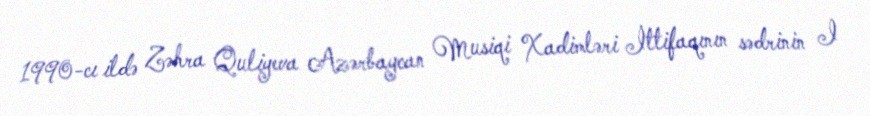
1990-cı ildə Zəhra Quliyeva Azərbaycan Musiqi Xadimləri İttifaqının sədrinin I